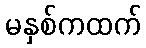
မနှစ်ကထက်